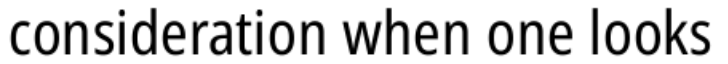
consideration when one looks